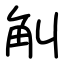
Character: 觓